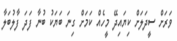
ވަރަށް ސީދަލަށް ކިޔައިދޭ މީހެއް ކަމަށް ގިނަ ބަޔަކު ބުނާ ފަދަ ފާލުބަލާ